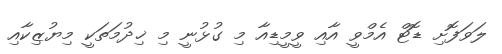
ލަވަފޮށި ޑޮޓް އެމްވީ އާއި ވީމީޑިއާ މި ގުޅުނީ މި ޚިދުމަތަކީ މިޔުޒިކާއި